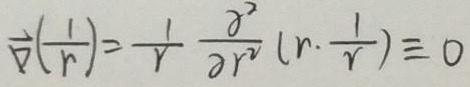
$\vec{\nabla}(\frac{1}{r})=\frac{1}{r}\frac{\partial^{2}}{\partial r^{2}}(r\cdot\frac{1}{r})\equiv0$